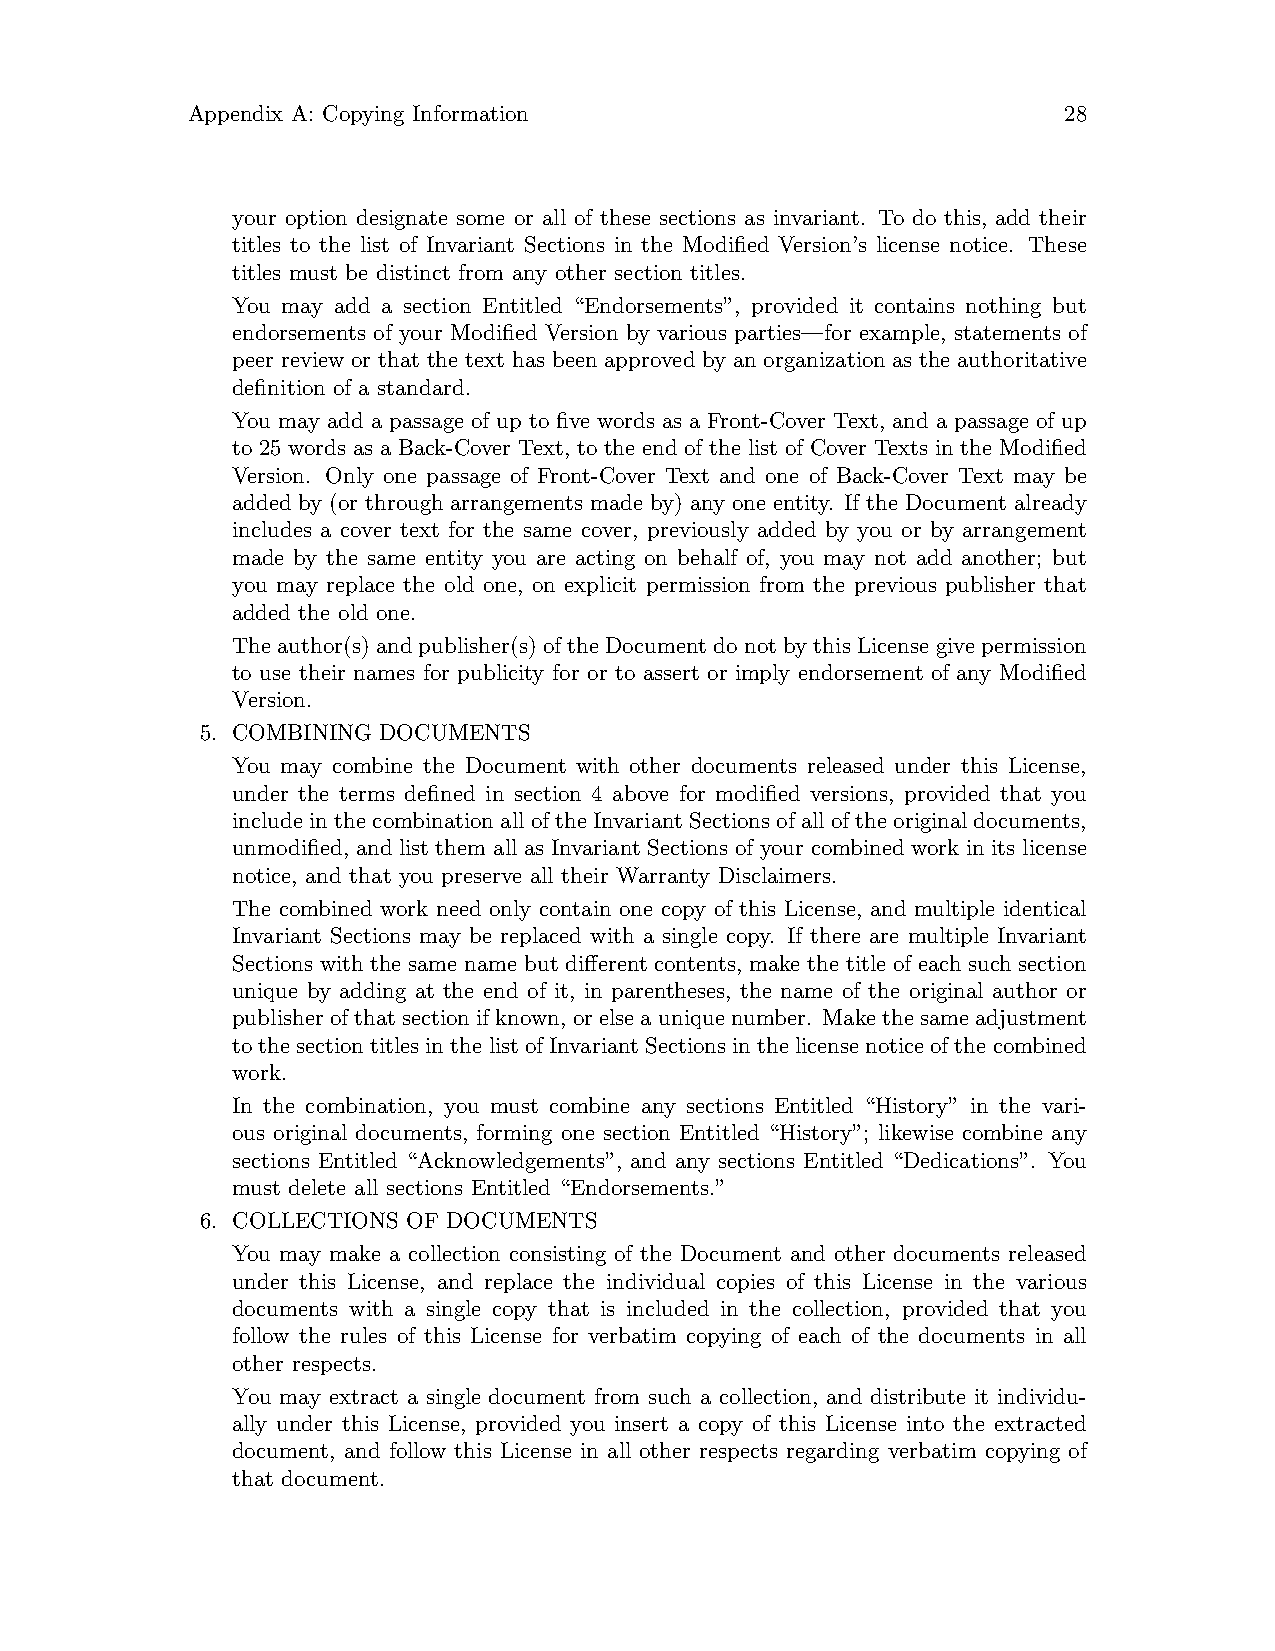
Appendix A: Copying Information                           28
 your option designate some or all of these sections as invariant. To do this, add their
 titles to the list of Invariant Sections in the Modified Version’s license notice. These
 titles must be distinct from any other section titles.
 You may add a section Entitled “Endorsements”, provided it contains nothing but
 endorsements of your Modified Version by various parties—for example, statements of
 peer review or that the text has been approved by an organization as the authoritative
 definition of a standard.
 You may add a passage of up to five words as a Front-Cover Text, and a passage of up
 to 25 words as a Back-Cover Text, to the end of the list of Cover Texts in the Modified
 Version. Only one passage of Front-Cover Text and one of Back-Cover Text may be
 added by (or through arrangements made by) any one entity. If the Document already
 includes a cover text for the same cover, previously added by you or by arrangement
 made by the same entity you are acting on behalf of, you may not add another; but
 you may replace the old one, on explicit permission from the previous publisher that
 added the old one.
 The author(s) and publisher(s) of the Document do not by this License give permission
 to use their names for publicity for or to assert or imply endorsement of any Modified
 Version.
 5. COMBINING DOCUMENTS
 You may combine the Document with other documents released under this License,
 under the terms defined in section 4 above for modified versions, provided that you
 include in the combination all of the Invariant Sections of all of the original documents,
 unmodified, and list them all as Invariant Sections of your combined work in its license
 notice, and that you preserve all their Warranty Disclaimers.
 The combined work need only contain one copy of this License, and multiple identical
 Invariant Sections may be replaced with a single copy. If there are multiple Invariant
 Sections with the same name but different contents, make the title of each such section
 unique by adding at the end of it, in parentheses, the name of the original author or
 publisherofthatsectionifknown, orelseauniquenumber. Makethesameadjustment
 tothesectiontitlesinthelistofInvariantSectionsinthelicensenoticeofthecombined
 work.
 In the combination, you must combine any sections Entitled “History” in the vari-
 ous original documents, forming one section Entitled “History”; likewise combine any
 sections Entitled “Acknowledgements”, and any sections Entitled “Dedications”. You
 must delete all sections Entitled “Endorsements.”
 6. COLLECTIONS OF DOCUMENTS
 You may make a collection consisting of the Document and other documents released
 under this License, and replace the individual copies of this License in the various
 documents with a single copy that is included in the collection, provided that you
 follow the rules of this License for verbatim copying of each of the documents in all
 other respects.
 You may extract a single document from such a collection, and distribute it individu-
 ally under this License, provided you insert a copy of this License into the extracted
 document, and follow this License in all other respects regarding verbatim copying of
 that document.